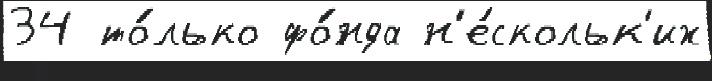
34 то́лько фо́нда н'е́скольк'их